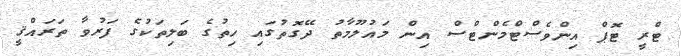
ޓްރީ ޓޮޕް އިންވެސްޓްމެންޓްސް އިން މައުލޫމާތު ދޭގޮތުގައި ހިތުގެ ބަލިތަކުގެ ފަރުވާ ތަރައްޤީ